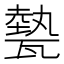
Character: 𤮅